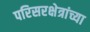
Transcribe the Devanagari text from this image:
परिसरक्षेत्रांच्या